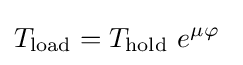
T_{\text{load}}=T_{\text{hold}}\ e^{\mu \varphi }~